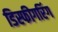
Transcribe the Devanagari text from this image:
डिस्फीगरिंग